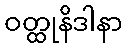
ဝတ္ထုနိဒါနာ